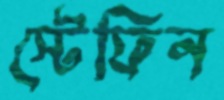
স্টেফিন